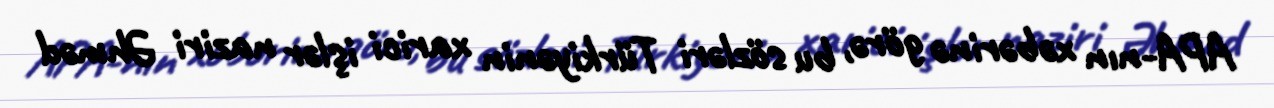
APA-nın xəbərinə görə, bu sözləri Türkiyənin xarici işlər naziri Əhməd